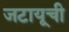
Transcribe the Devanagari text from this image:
जटायूची